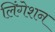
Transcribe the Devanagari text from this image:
लिंगेशन